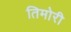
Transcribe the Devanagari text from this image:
तिमोरी